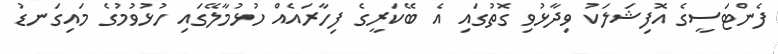
ފެންޓަސީގެ އޮފިޝަލަކު ވިދާޅުވި ގޮތުގައި އެ ބޭކަރީގެ ފިހާރައެއް ހުޅުމާލޭގައި ހުޅުވުމުގެ މައިގަނޑު